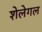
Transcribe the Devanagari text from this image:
शेलेगल